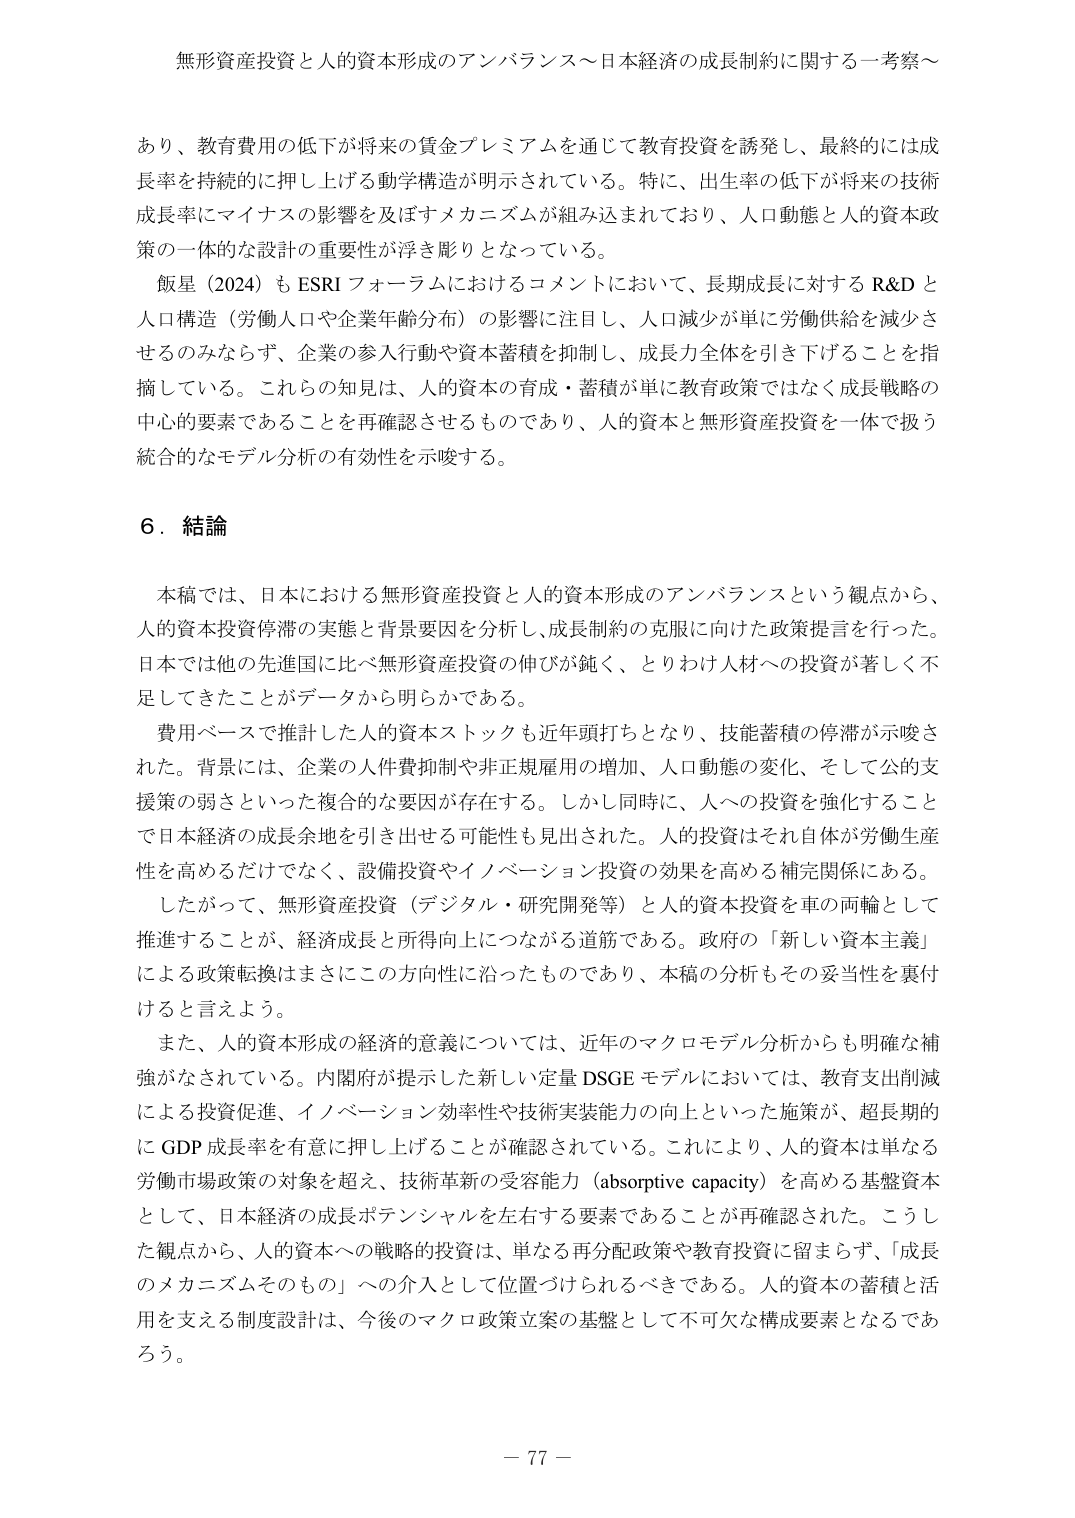
無形資産投資と人的資本形成のアンバランス～日本経済の成長制約に関する一考察～

あり、教育費用の低下が将来の賃金プレミアムを通じて教育投資を誘発し、最終的には成長率を持続的に押し上げる動学構造が明示されている。特に、出生率の低下が将来の技術成長率にマイナスの影響を及ぼすメカニズムが組み込まれており、人口動態と人的資本政策の一体的な設計の重要性が浮き彫りとなっている。

飯星（2024）も ESRI フォーラムにおけるコメントにおいて、長期成長に対する R&D と人口構造（労働人口や企業年齢分布）の影響に注目し、人口減少が単に労働供給を減少させるのみならず、企業の参入行動や資本蓄積を抑制し、成長力全体を引き下げることを指摘している。これらの知見は、人的資本の育成・蓄積が単に教育政策ではなく成長戦略の中心的要素であることを再確認させるものであり、人的資本と無形資産投資を一体で扱う統合的なモデル分析の有効性を示唆する。

６．結論

本稿では、日本における無形資産投資と人的資本形成のアンバランスという観点から、人的資本投資停滞の実態と背景要因を分析し、成長制約の克服に向けた政策提言を行った。日本では他の先進国に比べ無形資産投資の伸びが鈍く、とりわけ人材への投資が著しく不足してきたことがデータから明らかである。

費用ベースで推計した人的資本ストックも近年頭打ちとなり、技能蓄積の停滞が示唆された。背景には、企業の人件費抑制や非正規雇用の増加、人口動態の変化、そして公的支援策の弱さといった複合的な要因が存在する。しかし同時に、人への投資を強化することで日本経済の成長余地を引き出せる可能性も見出された。人的投資はそれ自体が労働生産性を高めるだけでなく、設備投資やイノベーション投資の効果を高める補完関係にある。

したがって、無形資産投資（デジタル・研究開発等）と人的資本投資を車の両輪として推進することが、経済成長と所得向上につながる道筋である。政府の「新しい資本主義」による政策転換はまさにこの方向性に沿ったものであり、本稿の分析もその妥当性を裏付けると言えよう。

また、人的資本形成の経済的意義については、近年のマクロモデル分析からも明確な補強がなされている。内閣府が提示した新しい定量 DSGE モデルにおいては、教育支出削減による投資促進、イノベーション効率性や技術実装能力の向上といった施策が、超長期的に GDP 成長率を有意に押し上げることが確認されている。これにより、人的資本は単なる労働市場政策の対象を超え、技術革新の受容能力（absorptive capacity）を高める基盤資本として、日本経済の成長ポテンシャルを左右する要素であることが再確認された。こうした観点から、人的資本への戦略的投資は、単なる再分配政策や教育投資に留まらず、「成長のメカニズムそのもの」への介入として位置づけられるべきである。人的資本の蓄積と活用を支える制度設計は、今後のマクロ政策立案の基盤として不可欠な構成要素となるであろう。

－ 77 －